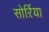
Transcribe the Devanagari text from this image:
सोर्ऱिया